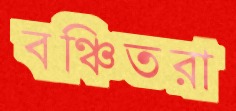
বঞ্চিতরা